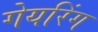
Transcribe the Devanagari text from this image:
गेयरिंग